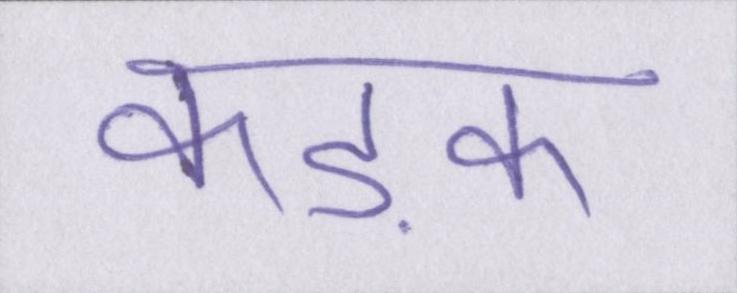
कड़क